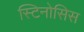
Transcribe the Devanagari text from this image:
स्टिनोसिस